Indian journal of veterinary science and animal husbandry - Volumes 18-21, 1948-1951
Year: 1948
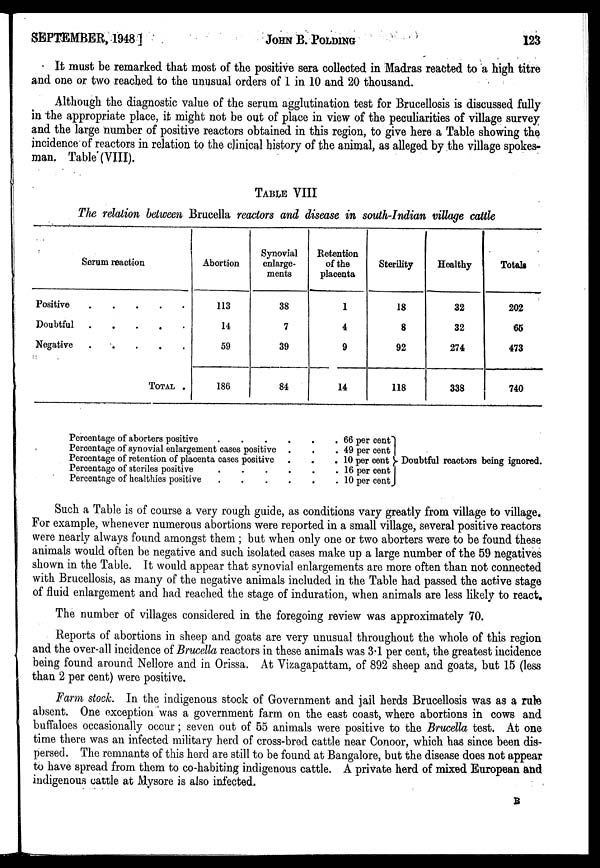
SEPTEMBER, 1948 ]
JOHN
B.
POLDING
123
It must be remarked that most of the positive sera collected in Madras reacted to a high titre
and one or two reached to the unusual orders of 1 in 10 and 20 thousand.
Although the diagnostic value of the serum agglutination test for Brucellosis is discussed fully
in the appropriate place, it might not be out of place in view of the peculiarities of village survey
and the large number of positive reactors obtained in this region, to give here a Table showing the
incidence of reactors in relation to the clinical history of the animal, as alleged by the village spokes-
man. Table (VIII).
TABLE VIII
The relation between Brucella reactors and disease in south-Indian village cattle
Serum reaction
Positive
.
.
.
.
.
Doubtful
.
.
.
.
.
Negative
.
.
.
.
.
TOTAL .
Abortion
113
14
59
186
Synovial
enlarge-
ments
38
7
39
84
Retention
of the
placenta
1
4
9
14
Sterility
18
8
92
118
Healthy
32
32
274
338
Totals
202
65
473
740
Percentage of aborters positive . . . . . .
Percentage of synovial enlargement cases positive . . .
Percentage of retention of placenta cases positive . . .
Percentage of steriles positive . . . . . .
Percentage of healthies positive . . . . . .
66 per cent
49 per cent
10 per cent
16 per cent
10 per cent
Doubtful reactors being ignored.
Such a Table is of course a very rough guide, as conditions vary greatly from village to village.
For example, whenever numerous abortions were reported in a small village, several positive reactors
were nearly always found amongst them ; but when only one or two aborters were to be found these
animals would often be negative and such isolated cases make up a large number of the 59 negatives
shown in the Table. It would appear that synovial enlargements are more often than not connected
with Brucellosis, as many of the negative animals included in the Table had passed the active stage
of fluid enlargement and had reached the stage of induration, when animals are less likely to react.
The number of villages considered in the foregoing review was approximately 70.
Reports of abortions in sheep and goats are very unusual throughout the whole of this region
and the over-all incidence of Brucella reactors in these animals was 3.1 per cent, the greatest incidence
being found around Nellore and in Orissa. At Vizagapattam, of 892 sheep and goats, but 15 (less
than 2 per cent) were positive.
Farm stock. In the indigenous stock of Government and jail herds Brucellosis was as a rule
absent. One exception was a government farm on the east coast, where abortions in cows and
buffaloes occasionally occur ; seven out of 55 animals were positive to the Brucella test. At one
time there was an infected military herd of cross-bred cattle near Conoor, which has since been dis-
persed. The remnants of this herd are still to be found at Bangalore, but the disease does not appear
to have spread from them to co-habiting indigenous cattle. A private herd of mixed European and
indigenous cattle at Mysore is also infected.
B